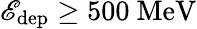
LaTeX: \mathscr{E}_{\mathrm{{dep}}}\geq500~\mathrm{{MeV}}